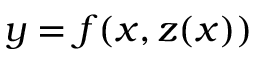
y = f ( x , z ( x ) )